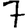
Digit: 7